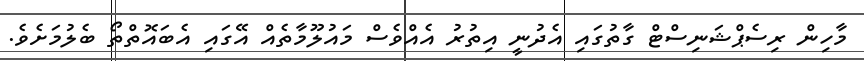
މާހިން ރިސެޕްޝަނިސްޓް ގާތުގައި އެދުނީ އިތުރު އެއްވެސް މައުލޫމާތެއް އޭގައި އެބައޮތްތޯ ބެލުމަށެވެ.